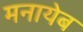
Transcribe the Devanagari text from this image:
मनायेब